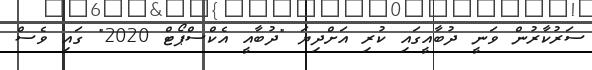
ސަރުކާރުން ވަނީ ދުބާއީގައި ކުރި އަށްދިޔަ "ދުބާއީ އެކްސްޕޯޓް 2020" ގައި ވެސް